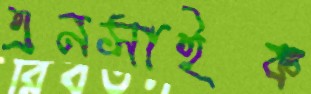
এনসাইক